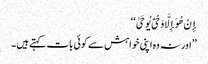
إِنْ هُوَ إِلَّا وَحْیٌ یُوحَیٰ ‘‘
’’اور نہ وه اپنی خواہش سے کوئی بات کہتے ہیں ۔